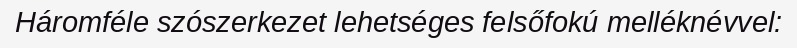
Háromféle szószerkezet lehetséges felsőfokú melléknévvel: